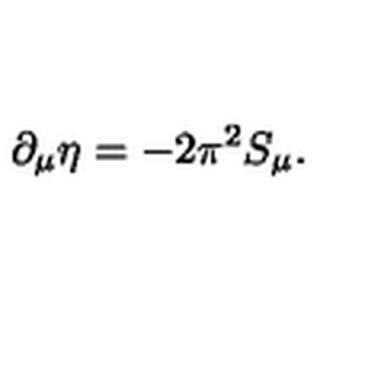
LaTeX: \partial _ { \mu } \eta = - 2 \pi ^ { 2 } S _ { \mu } .